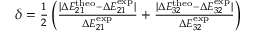
\begin{array} { r } { \delta = \frac { 1 } { 2 } \left( \frac { | \Delta E _ { 2 1 } ^ { \mathrm { t h e o } } - \Delta E _ { 2 1 } ^ { \mathrm { e x p } } | } { \Delta E _ { 2 1 } ^ { \mathrm { e x p } } } + \frac { | \Delta E _ { 3 2 } ^ { \mathrm { t h e o } } - \Delta E _ { 3 2 } ^ { \mathrm { e x p } } | } { \Delta E _ { 3 2 } ^ { \mathrm { e x p } } } \right) } \end{array}